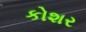
કોશર